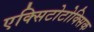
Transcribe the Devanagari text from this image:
एक्सिटोटोक्सिक